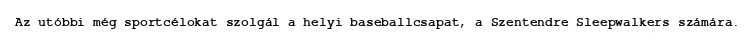
Az utóbbi még sportcélokat szolgál a helyi baseballcsapat, a Szentendre Sleepwalkers számára.